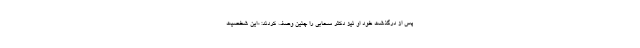
پس از درگذشت خود او نیز دکتر سحابی را چنین وصف کردند: «این شخصیت‌